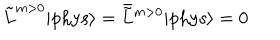
LaTeX: \tilde { L } ^ { m > 0 } | \mathrm { p h y s } \rangle = \bar { \tilde { L } } { } ^ { m > 0 } | \mathrm { p h y s } \rangle = 0